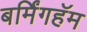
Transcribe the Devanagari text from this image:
बर्मिंगहॅम